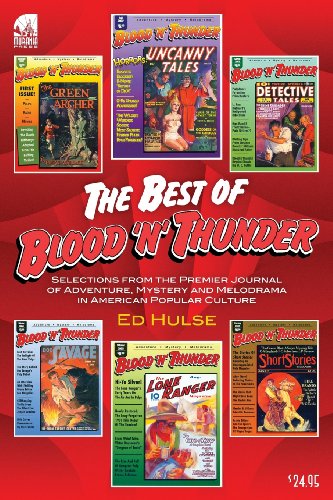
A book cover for The Best of Blood 'n' Thunder: Selections from the Award-Winning Journal of Adventure, Mystery and Melodrama in American Popular Culture; Ed Hulse; Crafts, Hobbies & Home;